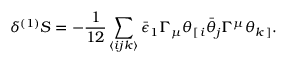
\delta ^ { ( 1 ) } S = - \frac { 1 } { 1 2 } \sum _ { \langle i j k \rangle } \bar { \epsilon } _ { 1 } \Gamma _ { \mu } \theta _ { [ \, i } \bar { \theta } _ { j } \Gamma ^ { \mu } \theta _ { k \, ] } . \,